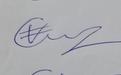
Signature authenticity: genuine